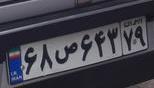
۶۸ص۶۴۳۷۹